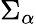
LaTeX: \Sigma_{\alpha}